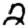
Digit: 2